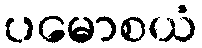
ပမောစယံ